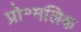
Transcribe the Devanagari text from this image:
प्रो॰मलिक